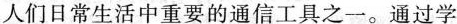
人们日常生活中重要的通信工具之一。通过学